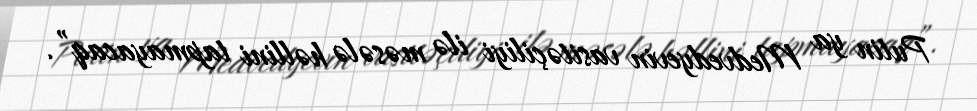
Putin ya Medvedyevin vasitəçiliyi ilə məsələ həllini tapmayacaq”.